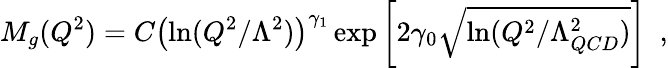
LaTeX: M_{g}(Q^{2})=C\left(\ln(Q^{2}/\Lambda^{2})\right)^{\gamma_{1}}\exp\left[2\gamma_{0}\sqrt{\ln(Q^{2}/\Lambda_{QCD}^{2})}\right]~~,